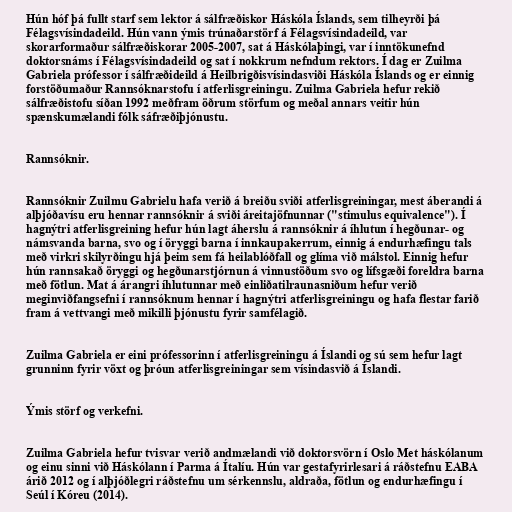
Hún hóf þá fullt starf sem lektor á sálfræðiskor Háskóla Íslands, sem tilheyrði þá
Félagsvísindadeild. Hún vann ýmis trúnaðarstörf á Félagsvísindadeild, var
skorarformaður sálfræðiskorar 2005-2007, sat á Háskólaþingi, var í inntökunefnd
doktorsnáms í Félagsvísindadeild og sat í nokkrum nefndum rektors. Í dag er Zuilma
Gabriela prófessor í sálfræðideild á Heilbrigðisvísindasviði Háskóla Íslands og er einnig
forstöðumaður Rannsóknarstofu í atferlisgreiningu. Zuilma Gabriela hefur rekið
sálfræðistofu síðan 1992 meðfram öðrum störfum og meðal annars veitir hún
spænskumælandi fólk sáfræðiþjónustu.

Rannsóknir.

Rannsóknir Zuilmu Gabrielu hafa verið á breiðu sviði atferlisgreiningar, mest áberandi á
alþjóðavísu eru hennar rannsóknir á sviði áreitajöfnunnar ("stimulus equivalence"). Í
hagnýtri atferlisgreining hefur hún lagt áherslu á rannsóknir á íhlutun í hegðunar- og
námsvanda barna, svo og í öryggi barna í innkaupakerrum, einnig á endurhæfingu tals
með virkri skilyrðingu hjá þeim sem fá heilablóðfall og glíma við málstol. Einnig hefur
hún rannsakað öryggi og hegðunarstjórnun á vinnustöðum svo og lífsgæði foreldra barna
með fötlun. Mat á árangri íhlutunnar með einliðatilraunasniðum hefur verið
meginviðfangsefni í rannsóknum hennar í hagnýtri atferlisgreiningu og hafa flestar farið
fram á vettvangi með mikilli þjónustu fyrir samfélagið.

Zuilma Gabriela er eini prófessorinn í atferlisgreiningu á Íslandi og sú sem hefur lagt
grunninn fyrir vöxt og þróun atferlisgreiningar sem vísindasvið á Íslandi.

Ýmis störf og verkefni.

Zuilma Gabriela hefur tvisvar verið andmælandi við doktorsvörn í Oslo Met háskólanum
og einu sinni við Háskólann í Parma á Ítalíu. Hún var gestafyrirlesari á ráðstefnu EABA
árið 2012 og í alþjóðlegri ráðstefnu um sérkennslu, aldraða, fötlun og endurhæfingu í
Seúl í Kóreu (2014).